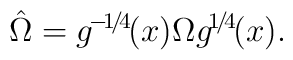
\hat{\Omega}=g^{\!-\!1\!/\!4\!}(x)\Omega g^{\!1\!/\!4\!}(x).